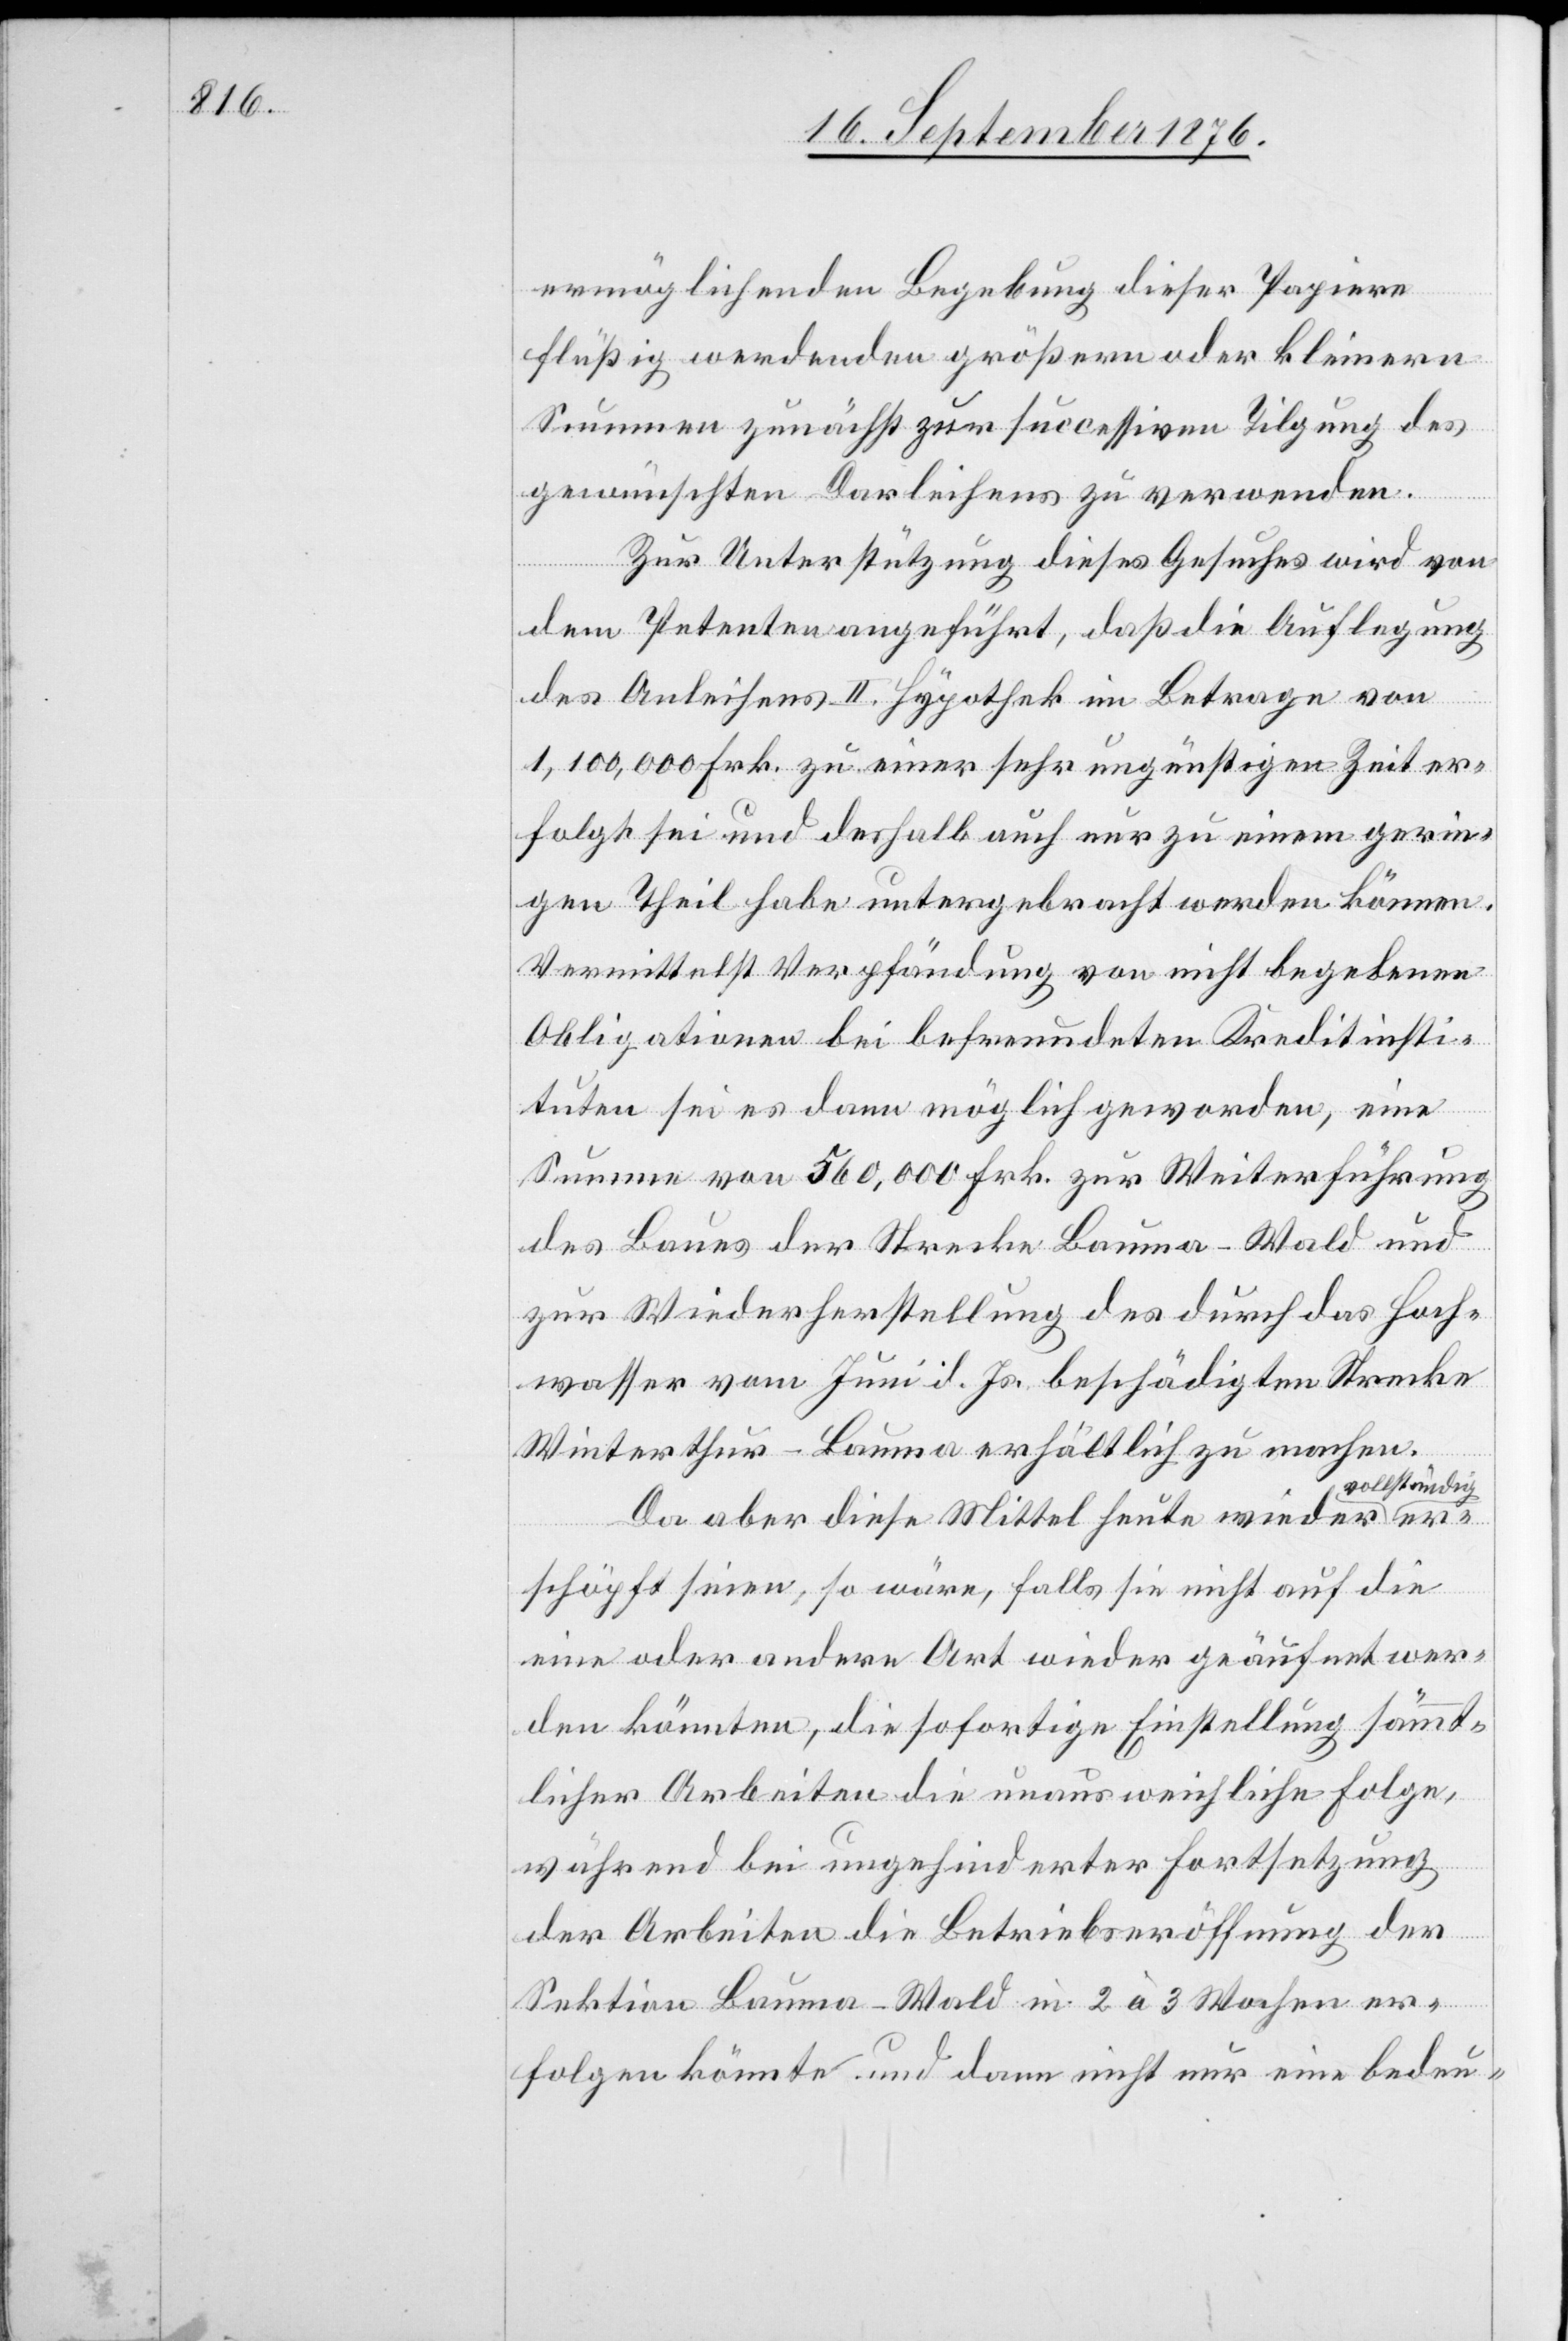
ermöglichenden Begebung dieser Papiere
flüßig werdenden größern oder kleinern
Summen zunächst zur successiven Tilgung des
gewünschten Darleihens zu verwenden.
Zur Unterstützung dieses Gesuches wird von
dem Petenten angeführt, daß die Auflegung
des Anleihens II. Hypothek im Betrage von
er¬
1,100,000 Frk. zu einer sehr ungünstigen Zeit er¬
folgt sei und deshalb auch nur zu einem gerin¬
gen Theil habe untergebracht werden können.
Vermittelst Verpfändung von nicht begebenen
Obligationen bei befreundeten Kreditinsti¬
tuten sei es dann möglich geworden, eine
Summe von 560,000 Frk. zur Weiterführung
des Baues der Strecke Bauma–Wald und
zur Wiederherstellung des [sic!] durch dass Hoch¬
wasser vom Juni d. Js. beschädigten Strecke
Winterthur–Bauma erhältlich zu machen.
Da aber diese Mittel heute wieder v¬
schöpft seien, so wäre, falls sie nicht auf die
eine oder andere Art wieder geäufnet wer¬
den könnten, die sofortige Einstellung sämmt¬
licher Arbeiten die unausweichliche Folge,
während bei ungehinderter Fortsetzung
der Arbeiten die Betriebseröffnung der
Sektion Bauma–Wald in 2 à 3 Wochen er¬
folgen könnte und dann nicht nur eine bedeu-